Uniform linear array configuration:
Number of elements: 24
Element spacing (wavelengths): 0.75
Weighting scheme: hann
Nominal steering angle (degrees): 15
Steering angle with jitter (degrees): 13.675
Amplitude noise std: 0.05
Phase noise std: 0.05

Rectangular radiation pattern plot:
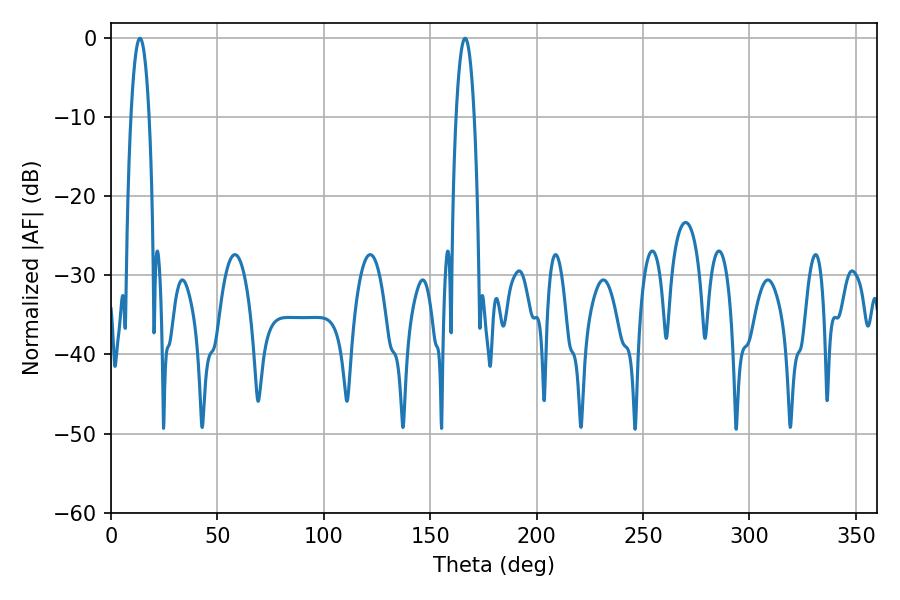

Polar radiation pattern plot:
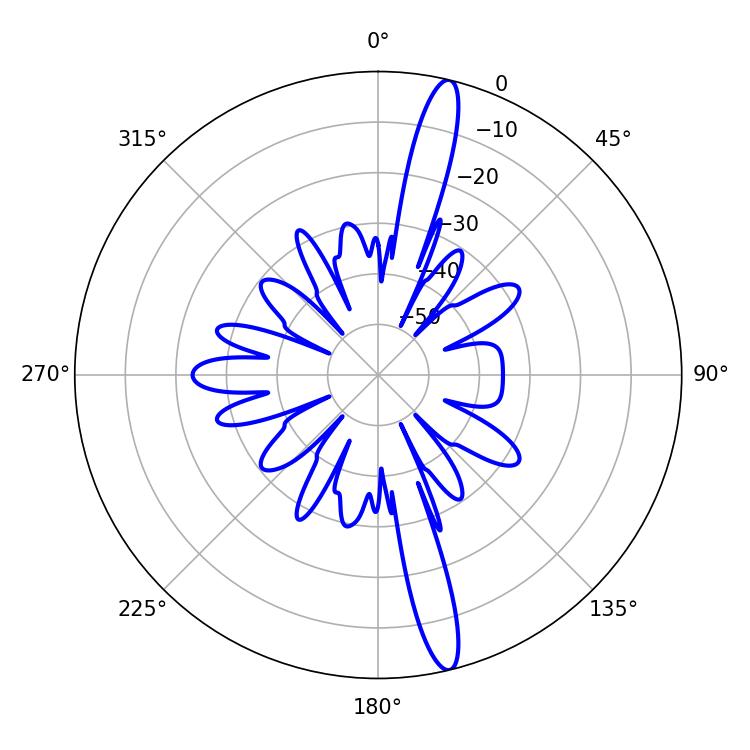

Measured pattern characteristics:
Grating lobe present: TRUE
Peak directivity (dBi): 16.873
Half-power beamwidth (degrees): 4.86
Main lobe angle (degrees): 166.32